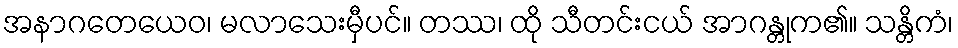
အနာဂတေယေဝ၊ မလာသေးမှီပင်။ တဿ၊ ထို သီတင်းငယ် အာဂန္တုက၏။ သန္တိကံ၊